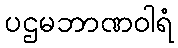
ပဌမဘာဏဝါရံ